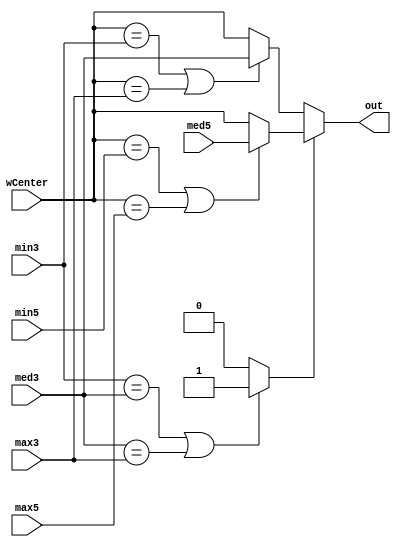

`default_nettype none

module adaptive (out, min3, med3, max3, min5, med5, max5, wCenter);
	// Parameters
	parameter DATA_WIDTH = 8;

	// Outputs
	output wire [DATA_WIDTH - 1 : 0] out;

	// Inputs 
	input wire [DATA_WIDTH - 1 : 0] min3, med3, max3, min5, med5, max5, wCenter;

	// Wires
	wire ws;
	wire [DATA_WIDTH - 1 : 0] out3, out5;

	// Dataflow description of module

	// Select Window Size (ws = 1 : 5x5, ws = 0 : 3x3)
	assign ws = ((min3 == med3)) || (med3 == max3) ? 1 : 0;

	// 3x3 Window
	assign out3 = ((wCenter == min3) || (wCenter == max3)) ? med3 : wCenter;

	// 5x5 Window
	assign out5 = ((wCenter == min5) || (wCenter == max5)) ? med5 : wCenter;

	// Output Selection
	assign out = ws ? out5 : out3;
endmodule